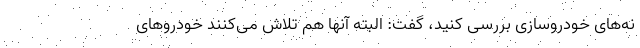
نه‌های خودروسازی بررسی کنید، گفت: البته آنها هم تلاش می‌کنند خودروهای